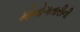
મોનોગતારીની